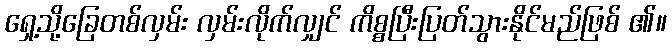
ရှေ့သို့ခြေတစ်လှမ်း လှမ်းလိုက်လျှင် ကိစ္စပြီးပြတ်သွားနိုင်မည်ဖြစ် ၏။